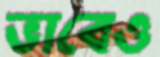
ভাবেও